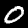
Label: 0